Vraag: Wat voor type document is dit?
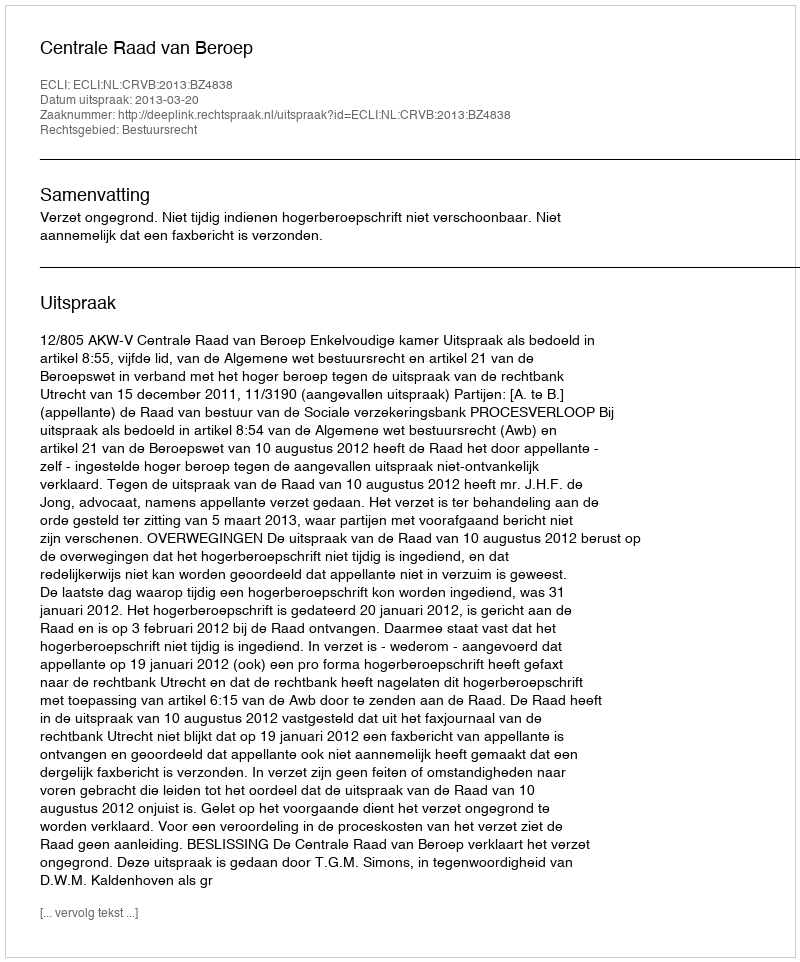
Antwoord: Uitspraak